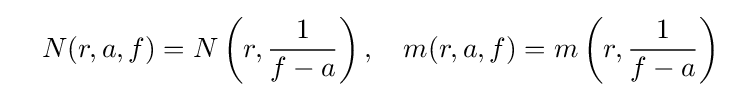
\quad N(r,a,f)=N\left(r,{\dfrac {1}{f-a}}\right),\quad m(r,a,f)=m\left(r,{\dfrac {1}{f-a}}\right)